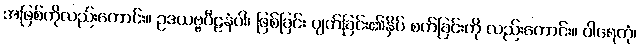
အဖြစ်ကိုလည်းကောင်း။ ဥဒယဗ္ဗပီဠနံဝါ၊ ဖြစ်ခြင်း ပျက်ခြင်း၏နှိပ် စက်ခြင်းကို လည်းကောင်း။ ဝါရေတုံ၊